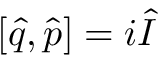
[ \hat { q } , \hat { p } ] = i \hat { I }